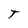
Character: T